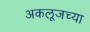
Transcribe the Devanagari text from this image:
अकलूजच्या